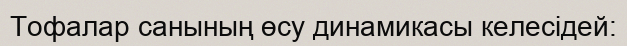
Тофалар санының өсу динамикасы келесідей: